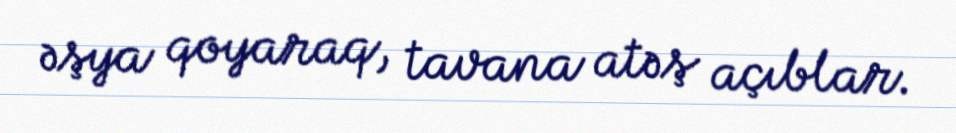
əşya qoyaraq, tavana atəş açıblar.